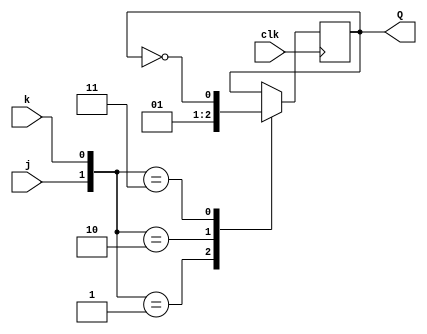
module top_module (
    input clk,
    input j,
    input k,
    output Q); 

    always @(posedge clk)
        case({j,k})
            2'b01:Q<=0;
            2'b10:Q<=1;
            2'b11:Q<=~Q;
        endcase
endmodule